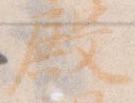
殿